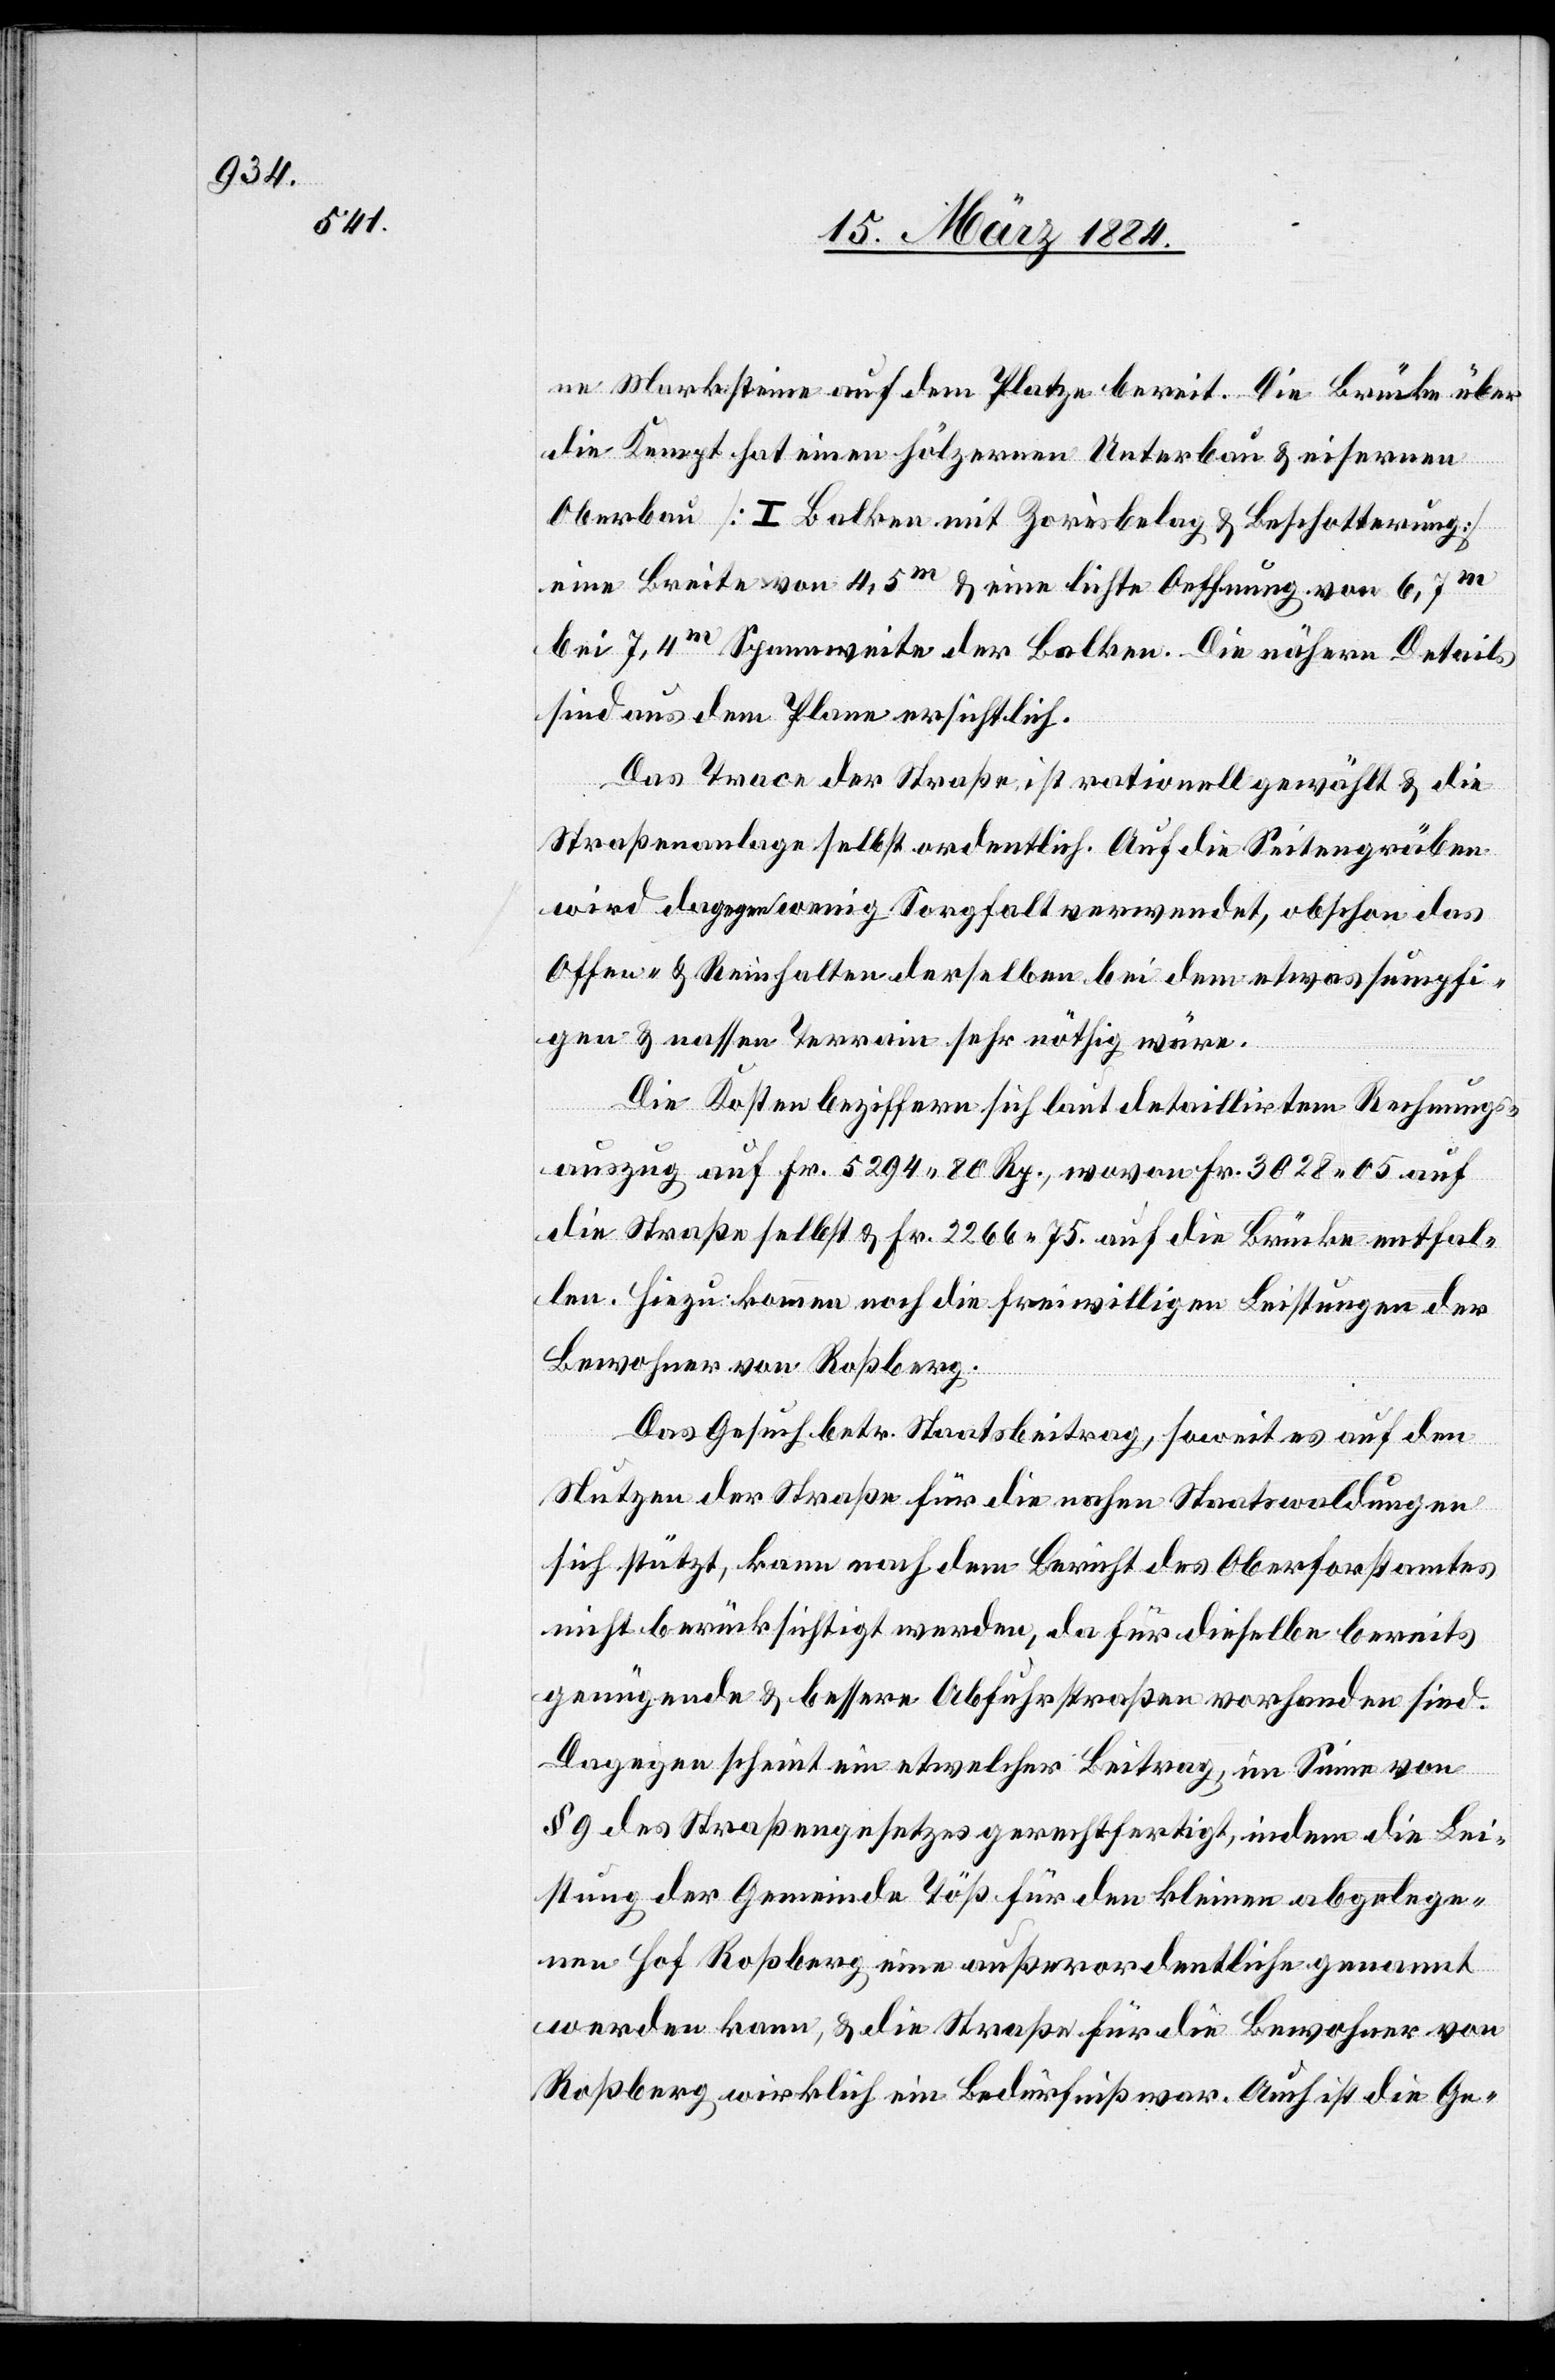
ne Marksteine auf dem Platze bereit. Die Brücke über
die Kempt hat einen hölzernen Unterbau & eisernen
Oberbau [I Balken mit Zorisbelag & Beschotterung],
eine Breite von 4,5m & eine lichte Oeffnung von 6,7m
bei 7,4m Spannweite der Balken. Die nähern Details
sind aus dem Plane ersichtlich.
Das Trace der Straße ist rationell gewählt & die
Straßenanlage selbst ordentlich. Auf die Seitengräben
wird dagegen wenig Sorgfalt verwendet, obschon das
Offen- & Reinhalten derselben bei dem etwas sumpfi¬
gen & nassen Terrain sehr nöthig wäre.
Die Kosten beziffern sich laut detailliertem Rechnungs¬
auszug auf Fr. 5294 80 Rp., wovon Fr. 3028 05 auf
die Straße selbst & Fr. 2266 75 auf die Brücke entfal¬
len. Hiezu kommen noch die freiwilligen Leistungen der
Bewohner von Roßberg.
Das Gesuch betr. Staatsbeitrag, soweit es auf den
Nutzen der Straße für die nahen Staatswaldungen
sich stützt, kann nach dem Bericht des Oberforstamtes
nicht berücksichtigt werden, da für dieselbe bereits
genügende & bessere Abfuhrstraßen vorhanden sind.
Dagegen scheint ein etwelcher Beitrag, im Sinne von
§ 9 des Straßengesetzes gerechtfertigt, indem die Lei¬
stung der Gemeinde Töß für den kleinen abgelege¬
nen Hof Roßberg eine außerordentliche genannt
werden kann, & die Straße für die Bewohner von
Roßberg wirklich ein Bedürfniß war. Auch ist die Ge-